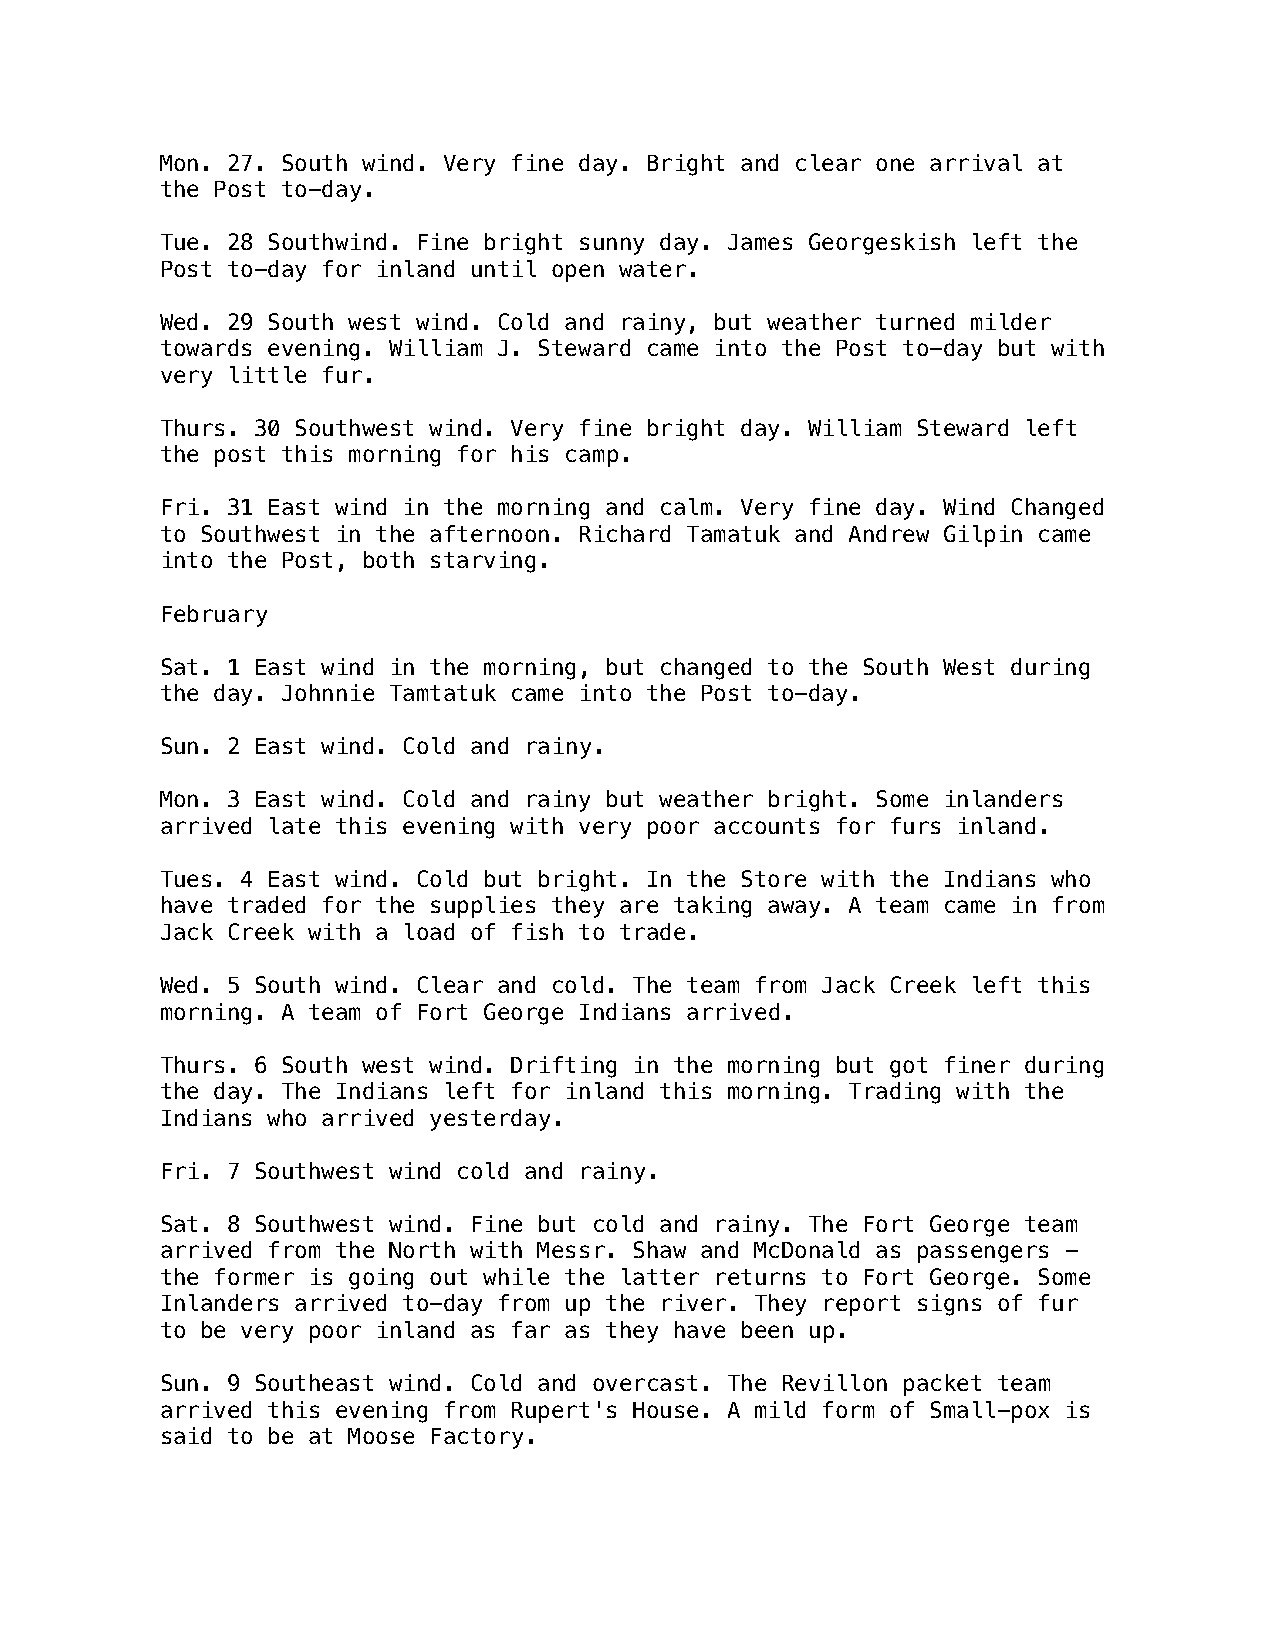
Mon. 27. South wind. Very fine day. Bright and clear one arrival at
 the Post to-day.
 Tue. 28 Southwind. Fine bright sunny day. James Georgeskish left the
 Post to-day for inland until open water.
 Wed. 29 South west wind. Cold and rainy, but weather turned milder
 towards evening. William J. Steward came into the Post to-day but with
 very little fur.
 Thurs. 30 Southwest wind. Very fine bright day. William Steward left
 the post this morning for his camp.
 Fri. 31 East wind in the morning and calm. Very fine day. Wind Changed
 to Southwest in the afternoon. Richard Tamatuk and Andrew Gilpin came
 into the Post, both starving.
 February
 Sat. 1 East wind in the morning, but changed to the South West during
 the day. Johnnie Tamtatuk came into the Post to-day.
 Sun. 2 East wind. Cold and rainy.
 Mon. 3 East wind. Cold and rainy but weather bright. Some inlanders
 arrived late this evening with very poor accounts for furs inland.
 Tues. 4 East wind. Cold but bright. In the Store with the Indians who
 have traded for the supplies they are taking away. A team came in from
 Jack Creek with a load of fish to trade.
 Wed. 5 South wind. Clear and cold. The team from Jack Creek left this
 morning. A team of Fort George Indians arrived.
 Thurs. 6 South west wind. Drifting in the morning but got finer during
 the day. The Indians left for inland this morning. Trading with the
 Indians who arrived yesterday.
 Fri. 7 Southwest wind cold and rainy.
 Sat. 8 Southwest wind. Fine but cold and rainy. The Fort George team
 arrived from the North with Messr. Shaw and McDonald as passengers -
 the former is going out while the latter returns to Fort George. Some
 Inlanders arrived to-day from up the river. They report signs of fur
 to be very poor inland as far as they have been up.
 Sun. 9 Southeast wind. Cold and overcast. The Revillon packet team
 arrived this evening from Rupert's House. A mild form of Small-pox is
 said to be at Moose Factory.